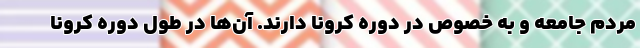
مردم جامعه و به خصوص در دوره کرونا دارند. آن‌ها در طول دوره کرونا